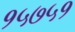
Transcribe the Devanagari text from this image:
१५७५१